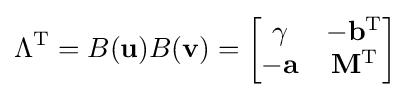
\Lambda ^{\mathrm {T} }=B(\mathbf {u} )B(\mathbf {v} )={\begin{bmatrix}\gamma &-\mathbf {b} ^{\mathrm {T} }\\-\mathbf {a} &\mathbf {M} ^{\mathrm {T} }\end{bmatrix}}